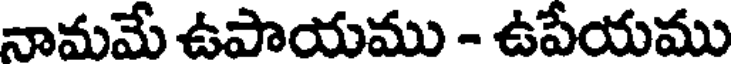
నామమే ఉపాయము - ఉపేయము